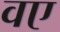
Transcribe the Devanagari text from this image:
वए